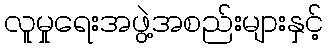
လူမှုရေးအဖွဲ့အစည်းများနှင့်